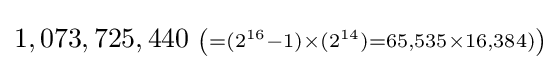
1,073,725,440\ \scriptstyle \left(=(2^{16}-1)\times (2^{14})=65,535\times 16,384)\right)